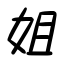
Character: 姐